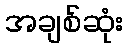
အချစ်ဆုံး